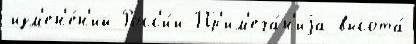
изм'ен'е́н'ий Росс'и́и Пр'им'еча́н'иjа высота́